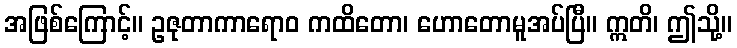
အဖြစ်ကြောင့်။ ဥဇုတာကာရောဝ ကထိတော၊ ဟောတောမူအပ်ပြီ။ ဣတိ၊ ဤသို့။